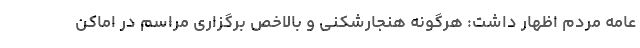
عامه مردم اظهار داشت: هرگونه هنجارشکنی و بالاخص برگزاری مراسم در اماکن